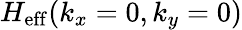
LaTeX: H_{\mathrm{eff}}(k_{x}=0,k_{y}=0)